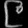
Digit: ၉